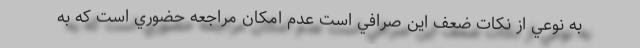
به نوعي از نكات ضعف اين صرافي است عدم امكان مراجعه حضوري است كه به